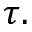
\tau .